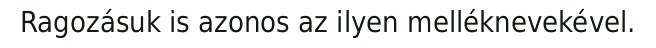
Ragozásuk is azonos az ilyen melléknevekével.